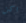
اكن